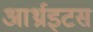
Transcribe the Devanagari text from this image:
आर्थ्राइटस